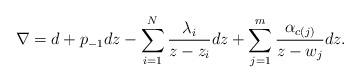
LaTeX: \begin{align*} \nabla = d + p_{-1} dz - \sum_{i=1}^N \frac{\lambda_i}{z - z_i} dz + \sum_{j=1}^m \frac{\alpha_{c(j)}}{z - w_j} dz.\end{align*}